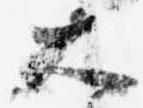
大